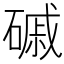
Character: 磩